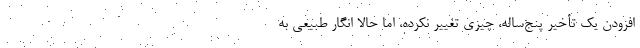
افزودن یک تأخیر پنج‌ساله، چیزی تغییر نکرده، اما حالا انگار طبیعی به